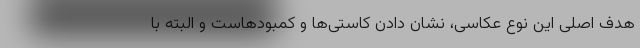
هدف اصلی این نوع عکاسی، نشان دادن کاستی‌ها و کمبودهاست و البته با